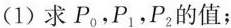
(1)求P_{0}，P_{1} ，P_{2}的值；